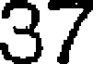
37